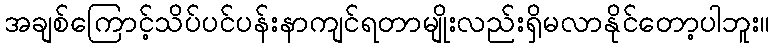
အချစ်ကြောင့်သိပ်ပင်ပန်းနာကျင်ရတာမျိုးလည်းရှိမလာနိုင်တော့ပါဘူး။